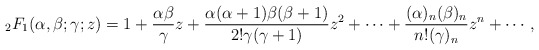
\begin{align*}&{}_2 F_1 (\alpha,\beta ;\gamma ;z)=1+ \frac{\alpha \beta}{ \gamma} z + \frac{\alpha (\alpha +1) \beta (\beta +1 )}{2! \gamma (\gamma +1)} z^2 + \dots +\frac{(\alpha )_n (\beta )_n}{n!(\gamma )_n} z^n + \cdots,\end{align*}